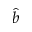
\hat { b }